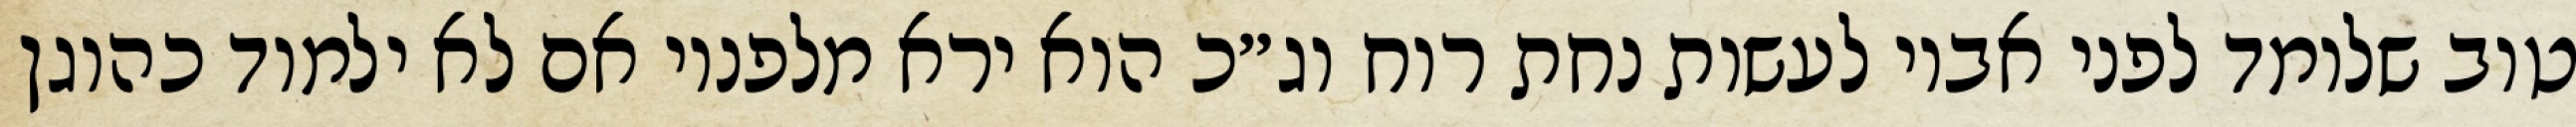
טוב שלומד לפני אביו לעשות נחת רוח וג״כ הוא ירא מלפניו אם לא ילמוד כהוגן